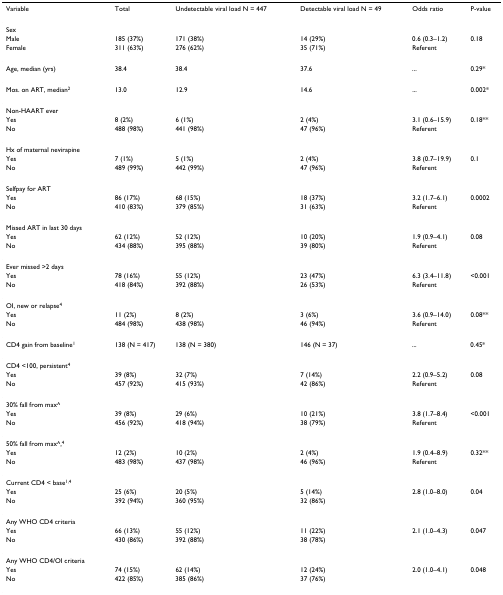
<table><thead><tr><td><b>Variable</b></td><td><b>Total</b></td><td><b>Undetectable viral load N = 447</b></td><td><b>Detectable viral load N = 49</b></td><td><b>Odds ratio</b></td><td><b>P-value</b></td></tr></thead><tbody><tr><td>Sex</td><td></td><td></td><td></td><td></td><td></td></tr><tr><td>Male</td><td>185 (37%)</td><td>171 (38%)</td><td>14 (29%)</td><td>0.6 (0.3–1.2)</td><td>0.18</td></tr><tr><td>Female</td><td>311 (63%)</td><td>276 (62%)</td><td>35 (71%)</td><td>Referent</td><td></td></tr><tr><td>Age, median (yrs)</td><td>38.4</td><td>38.4</td><td>37.6</td><td>...</td><td>0.29*</td></tr><tr><td>Mos. on ART, median<sup>2</sup></td><td>13.0</td><td>12.9</td><td>14.6</td><td>...</td><td>0.002*</td></tr><tr><td>Non-HAART ever</td><td></td><td></td><td></td><td></td><td></td></tr><tr><td>Yes</td><td>8 (2%)</td><td>6 (1%)</td><td>2 (4%)</td><td>3.1 (0.6–15.9)</td><td>0.18**</td></tr><tr><td>No</td><td>488 (98%)</td><td>441 (98%)</td><td>47 (96%)</td><td>Referent</td><td></td></tr><tr><td>Hx of maternal nevirapine</td><td></td><td></td><td></td><td></td><td></td></tr><tr><td>Yes</td><td>7 (1%)</td><td>5 (1%)</td><td>2 (4%)</td><td>3.8 (0.7–19.9)</td><td>0.1</td></tr><tr><td>No</td><td>489 (99%)</td><td>442 (99%)</td><td>47 (96%)</td><td>Referent</td><td></td></tr><tr><td>Selfpay for ART</td><td></td><td></td><td></td><td></td><td></td></tr><tr><td>Yes</td><td>86 (17%)</td><td>68 (15%)</td><td>18 (37%)</td><td>3.2 (1.7–6.1)</td><td>0.0002</td></tr><tr><td>No</td><td>410 (83%)</td><td>379 (85%)</td><td>31 (63%)</td><td>Referent</td><td></td></tr><tr><td>Missed ART in last 30 days</td><td></td><td></td><td></td><td></td><td></td></tr><tr><td>Yes</td><td>62 (12%)</td><td>52 (12%)</td><td>10 (20%)</td><td>1.9 (0.9–4.1)</td><td>0.08</td></tr><tr><td>No</td><td>434 (88%)</td><td>395 (88%)</td><td>39 (80%)</td><td>Referent</td><td></td></tr><tr><td>Ever missed &gt;2 days</td><td></td><td></td><td></td><td></td><td></td></tr><tr><td>Yes</td><td>78 (16%)</td><td>55 (12%)</td><td>23 (47%)</td><td>6.3 (3.4–11.8)</td><td>&lt;0.001</td></tr><tr><td>No</td><td>418 (84%)</td><td>392 (88%)</td><td>26 (53%)</td><td>Referent</td><td></td></tr><tr><td>OI, new or relapse<sup>4</sup></td><td></td><td></td><td></td><td></td><td></td></tr><tr><td>Yes</td><td>11 (2%)</td><td>8 (2%)</td><td>3 (6%)</td><td>3.6 (0.9–14.0)</td><td>0.08**</td></tr><tr><td>No</td><td>484 (98%)</td><td>438 (98%)</td><td>46 (94%)</td><td>Referent</td><td></td></tr><tr><td>CD4 gain from baseline<sup>1</sup></td><td>138 (N = 417)</td><td>138 (N = 380)</td><td>146 (N = 37)</td><td>...</td><td>0.45*</td></tr><tr><td>CD4 &lt;100, persistent<sup>4</sup></td><td></td><td></td><td></td><td></td><td></td></tr><tr><td>Yes</td><td>39 (8%)</td><td>32 (7%)</td><td>7 (14%)</td><td>2.2 (0.9–5.2)</td><td>0.08</td></tr><tr><td>No</td><td>457 (92%)</td><td>415 (93%)</td><td>42 (86%)</td><td>Referent</td><td></td></tr><tr><td>30% fall from max^</td><td></td><td></td><td></td><td></td><td></td></tr><tr><td>Yes</td><td>39 (8%)</td><td>29 (6%)</td><td>10 (21%)</td><td>3.8 (1.7–8.4)</td><td>&lt;0.001</td></tr><tr><td>No</td><td>456 (92%)</td><td>418 (94%)</td><td>38 (79%)</td><td>Referent</td><td></td></tr><tr><td>50% fall from max^,<sup>4</sup></td><td></td><td></td><td></td><td></td><td></td></tr><tr><td>Yes</td><td>12 (2%)</td><td>10 (2%)</td><td>2 (4%)</td><td>1.9 (0.4–8.9)</td><td>0.32**</td></tr><tr><td>No</td><td>483 (98%)</td><td>437 (98%)</td><td>46 (96%)</td><td>Referent</td><td></td></tr><tr><td>Current CD4 &lt; base<sup>1,4</sup></td><td></td><td></td><td></td><td></td><td></td></tr><tr><td>Yes</td><td>25 (6%)</td><td>20 (5%)</td><td>5 (14%)</td><td>2.8 (1.0–8.0)</td><td>0.04</td></tr><tr><td>No</td><td>392 (94%)</td><td>360 (95%)</td><td>32 (86%)</td><td></td><td></td></tr><tr><td>Any WHO CD4 criteria</td><td></td><td></td><td></td><td></td><td></td></tr><tr><td>Yes</td><td>66 (13%)</td><td>55 (12%)</td><td>11 (22%)</td><td>2.1 (1.0–4.3)</td><td>0.047</td></tr><tr><td>No</td><td>430 (86%)</td><td>392 (88%)</td><td>38 (78%)</td><td></td><td></td></tr><tr><td>Any WHO CD4/OI criteria</td><td></td><td></td><td></td><td></td><td></td></tr><tr><td>Yes</td><td>74 (15%)</td><td>62 (14%)</td><td>12 (24%)</td><td>2.0 (1.0–4.1)</td><td>0.048</td></tr><tr><td>No</td><td>422 (85%)</td><td>385 (86%)</td><td>37 (76%)</td><td></td><td></td></tr></tbody></table>